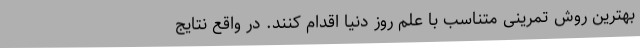
بهترین روش تمرینی متناسب با علم روز دنیا اقدام کنند. در واقع نتایج